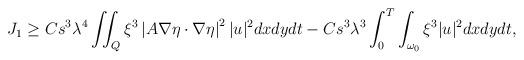
LaTeX: \begin{align*}\begin{aligned}J_1\geq C s^3 \lambda^4 \iint_Q \xi^3\left|A \nabla \eta \cdot \nabla \eta \right|^2|u|^2 dx dy dt-C s^3 \lambda^3 \int_0^T \int_{\omega_0} \xi^3|u|^2 dx dy dt,\end{aligned}\end{align*}